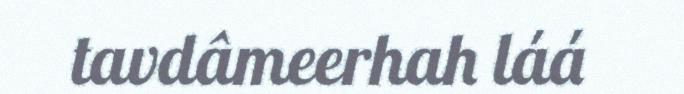
tavdâmeerhah láá